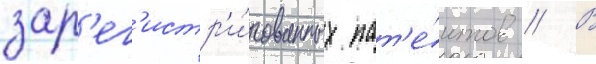
зар'ег'истр'и́рованных пат'е́нтов // В